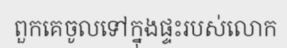
ពួកគេចូលទៅក្នុងផ្ទះរបស់លោក